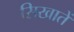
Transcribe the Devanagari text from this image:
सिखातें